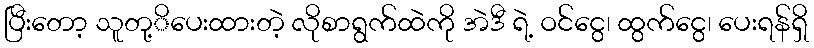
ပြီးတော့ သူတု့ိပေးထားတဲ့ လိုစာရွက်ထဲကို အဲဒီ ရဲ့ ဝင်ငွေ၊ ထွက်ငွေ၊ ပေးရန်ရှိ